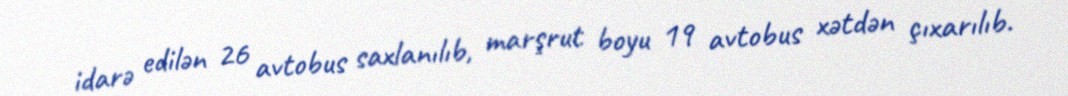
idarə edilən 26 avtobus saxlanılıb, marşrut boyu 19 avtobus xətdən çıxarılıb.